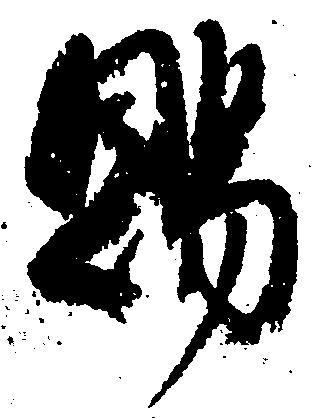
賜